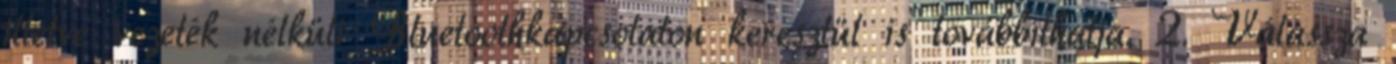
illetve vezeték nélküli Bluetoothkapcsolaton keresztül is továbbíthatja. 2. Válassza